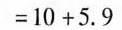
$$= 1 0 + 5 . 9$$